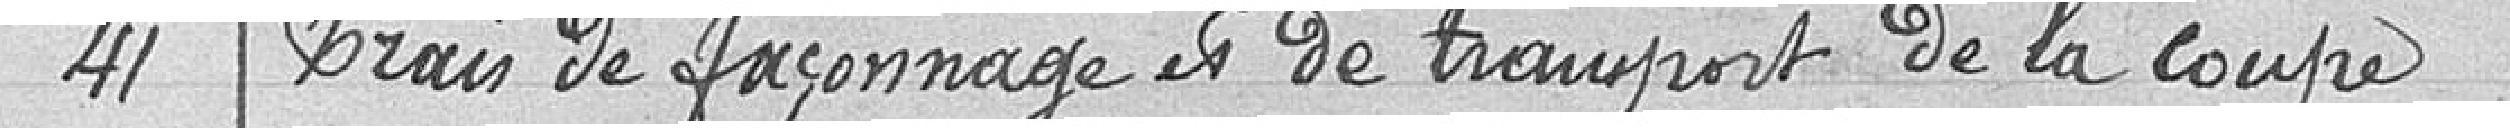
41 Frais de façonnage et de transport de la coupe